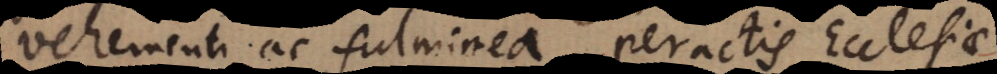
vehementi ac fulminea peractis Ecclesiae